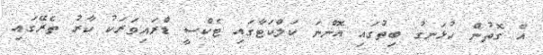
އެ ގޮތުން ހުޅަނގު ބިތުގައި އޮންނަ ކަލްކަޓާގައި ޓެކްސީ ޑްރައިވަރަކު ކާރު ތެރޭގައި